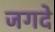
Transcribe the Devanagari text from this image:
जगदे